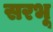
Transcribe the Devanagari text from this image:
सरभू